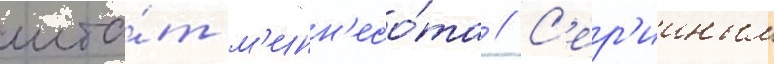
шта́т м'инн'есо́та // С'ер'ииным